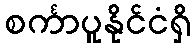
စင်္ကာပူနိုင်ငံရှိ